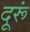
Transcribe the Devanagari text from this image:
दूरूं